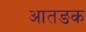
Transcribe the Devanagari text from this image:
आतङक